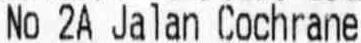
NO 2A JALAN COCHRANE